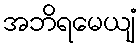
အဘိရမေယျံ